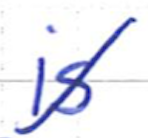
Text: is
Cross-out: diagonal
Writing tool: ballpoint